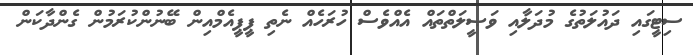
ސިޓީގައި ދައުލަތުގެ މުދަލާއި ވަޞީލަތްތައް އެއްވެސް ހުރަހެއް ނެތި ޕީޕީއެމްއިން ބޭނުންކުރަމުން ގެންދާކަން